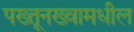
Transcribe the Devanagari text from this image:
पख्तूनख्वामधील